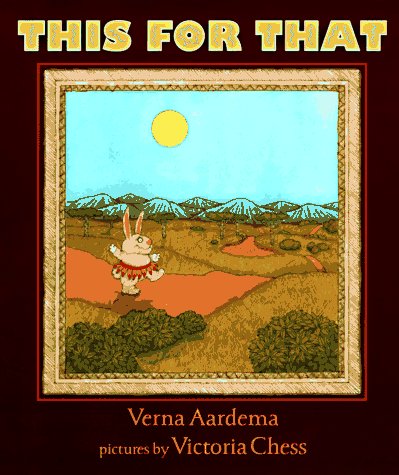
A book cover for This for That; Verna Aardema; Children's Books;